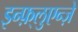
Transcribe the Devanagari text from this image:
इन्फ़्लुएन्ज़े